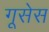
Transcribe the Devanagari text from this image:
गूसेस